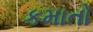
કમાતો